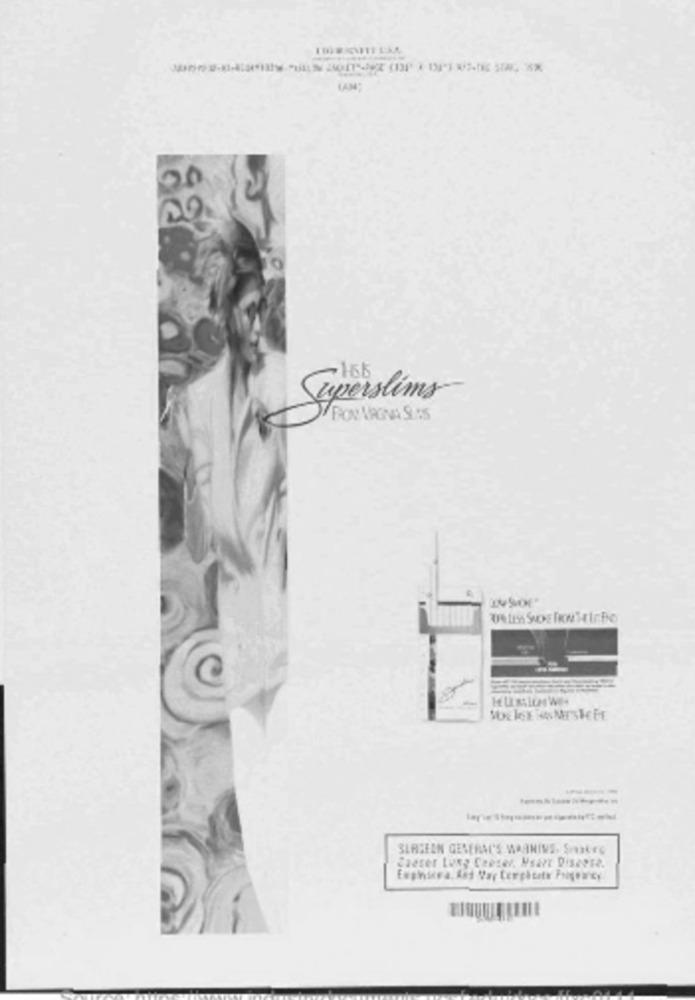
БАЗА"
-166
Superslims
SLRSEEN GENERAL'S WARNINS. SIatTS
Caeser Lung Cancer, Msavr Disease.